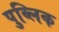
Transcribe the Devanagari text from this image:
पुब्लिक